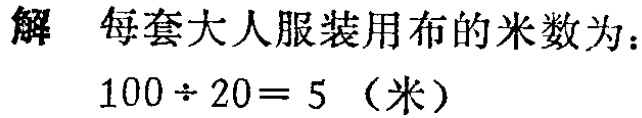
解 每套大人服装用布的米数为：
\(100\div20 = 5\)（米）